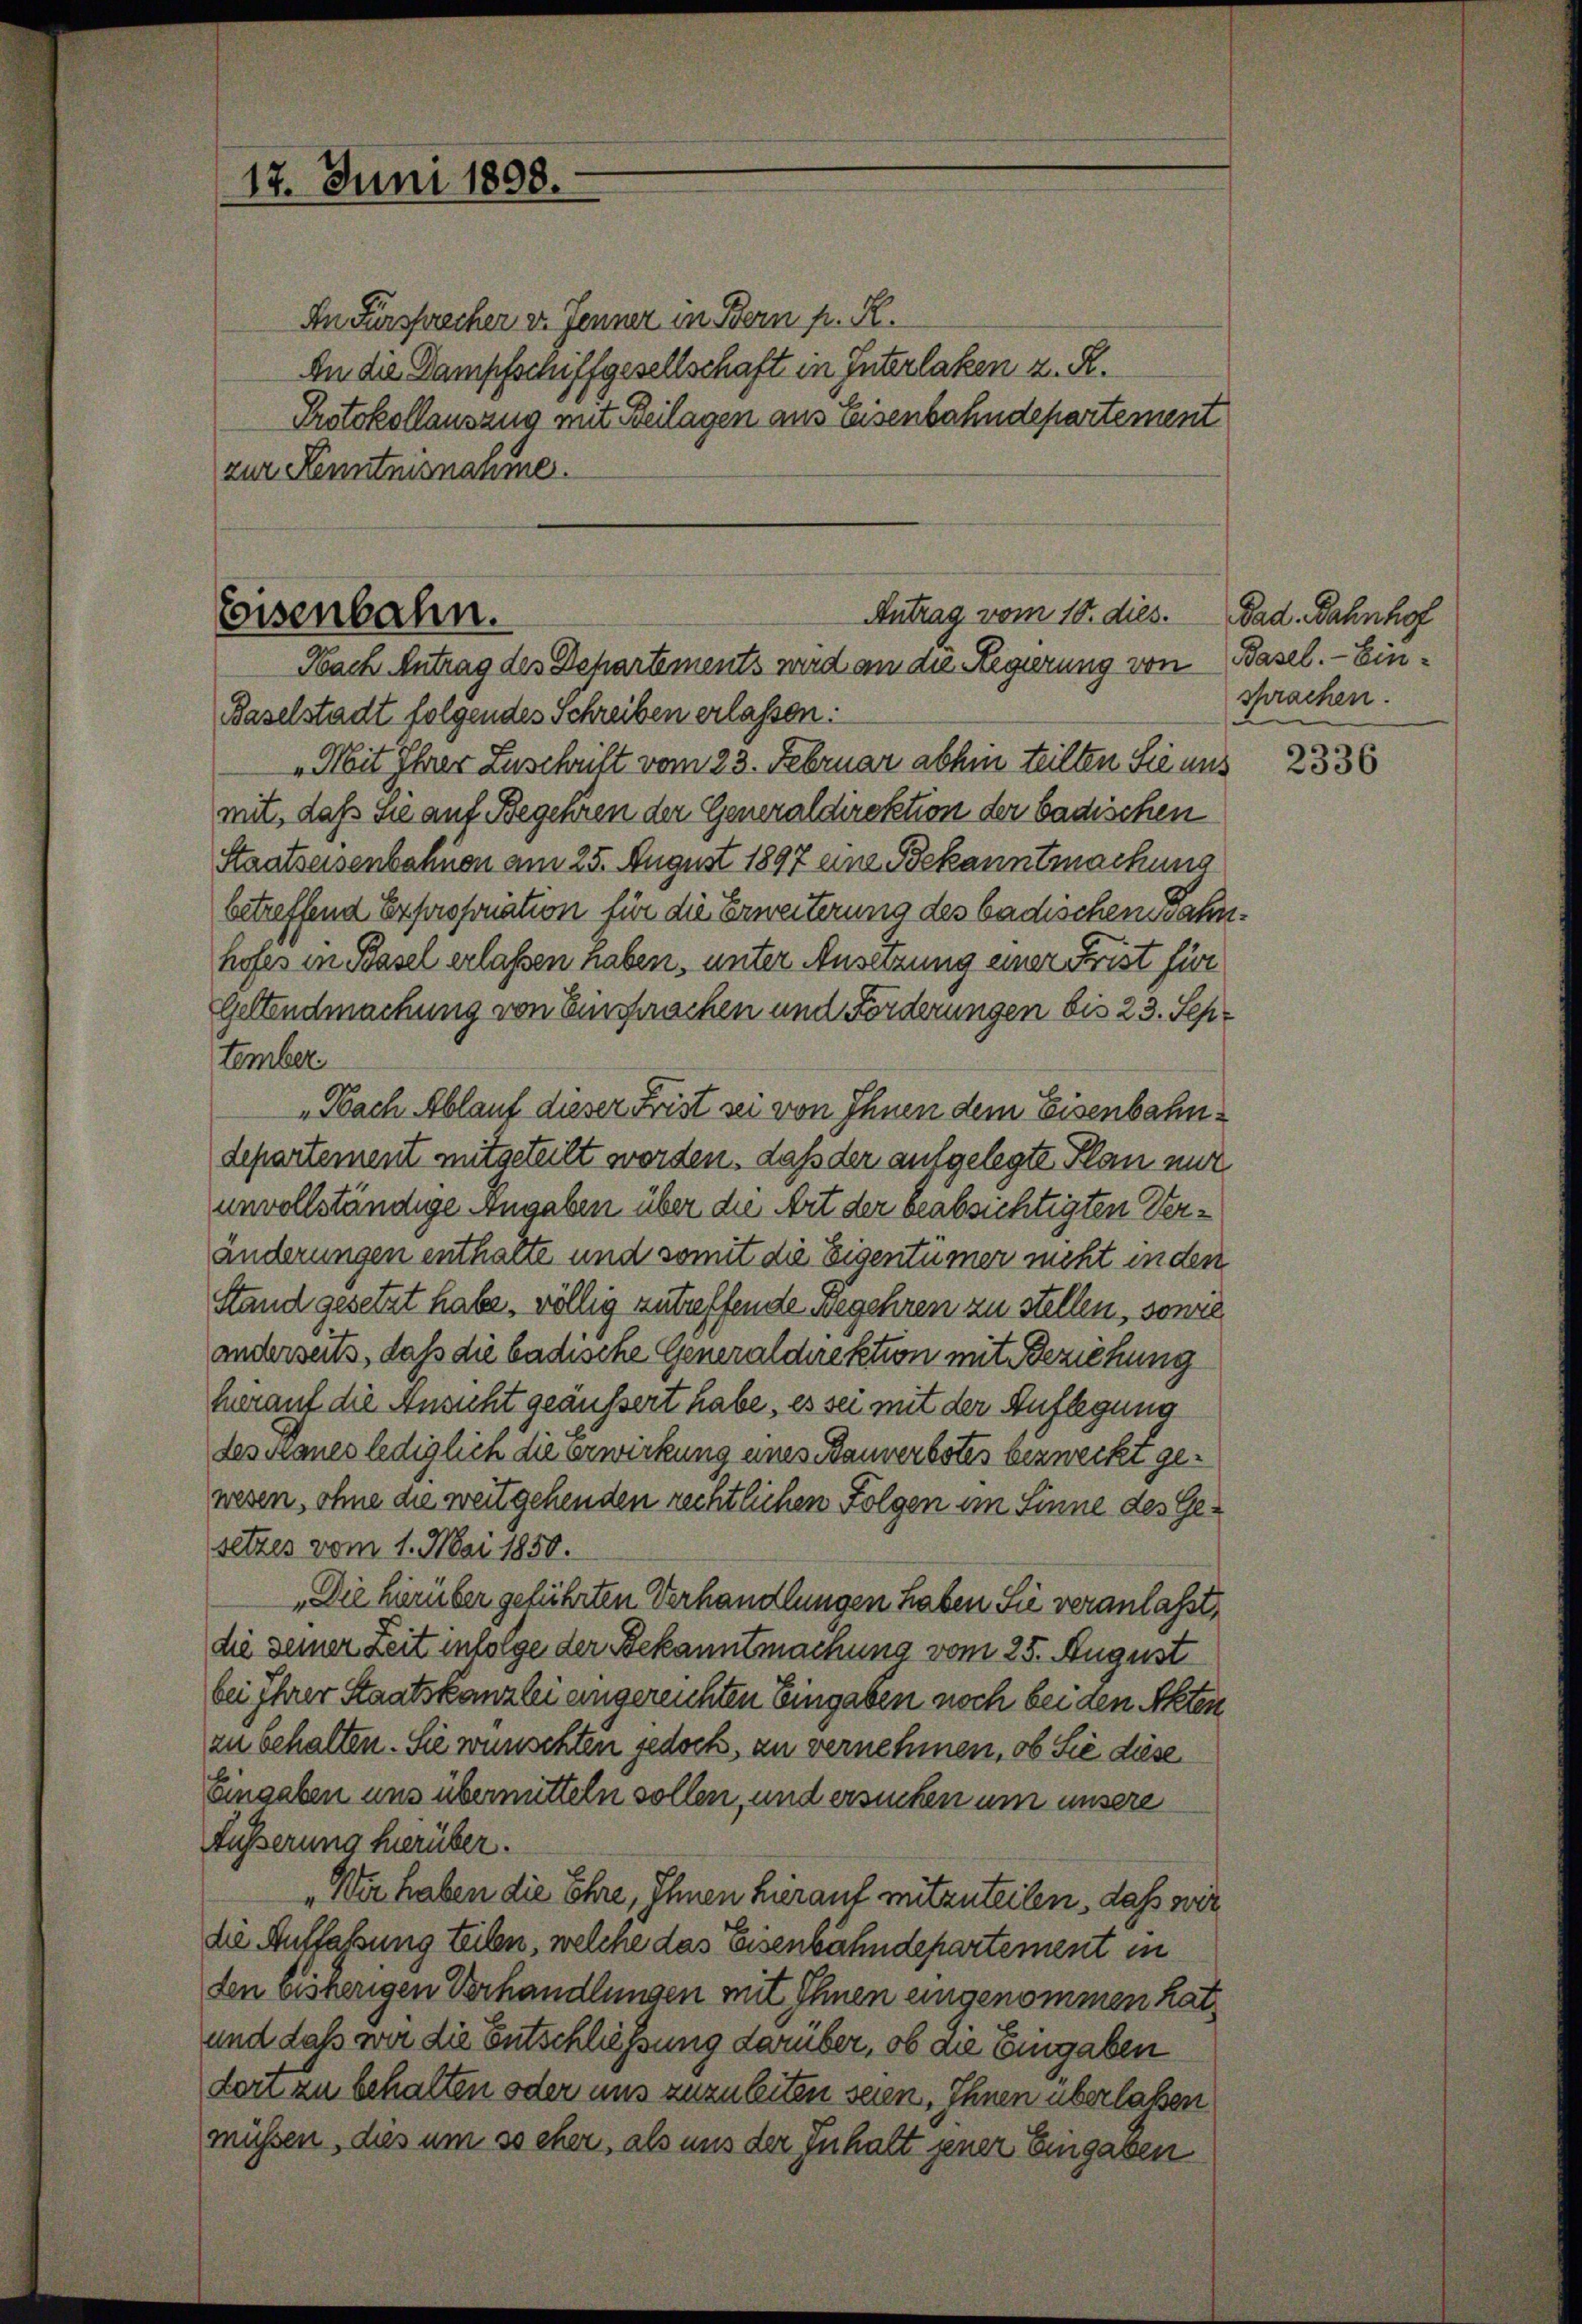
17. Juni 1898.

In Fürsprecher v. Jenner in Bern p. R.
An die Dampfschiffgesellschaft in Interlaken z. R.
Protokollausung mit Beilagen aus Eisenbahndepartement
zur Kenntnisnahme.

Antrag vom 10. dies.
Eisenbahn.
Nach Antrag des Departements wird an die Regierung von Basel. — Ein¬

Baselstadt folgendes Schreiben erlassen:
„Mit Ihrer Zuschrift vom 23. Februar abhin teilten Sie uns
mit, daß Sie auf Begehren der Generaldirektion der badischen
Staatseisenbahnen am 25. August 1897 eine Bekanntmachung
betreffend Exprsfouation für die Erweiterung des badischen wahnhofes in Basel erlaßen haben, unter Ansetzung einer Frist für
Geltendmachung von Einsprachen und Forderungen bis 23. Sep.
tember
„Nach Ablauf dieser Frist sei von Ihnen dem Eisenbahndepartement mitgeteilt worden, daß der aufgelegte Plan mit
unvollständige Angaben über die Art der beabsichtigten Veränderungen enthalte und somit die Eigentümer nicht in den
Stand gesetzt habe, völlig zutreffende Begehren zu stellen, sowie
anderseits, daß die badische Generaldirektion mit Beziehung
herauf die Ansicht geäussert habe, es sei mit der Auflegung
des Manes lediglich die erwirkung eines Bauverbotes bezweckt gewesen, ohne die weit gehenden rechtlichen Folgen im Sinne des Gesetzes vom 1. Mai 1850.
„Die herüber geführten Verhandlungen haben Sie veranlaßt,
die seiner Zeit infolge der Bekanntmachung vom 25. August
bei Ihrer Staatskanzlei eingereichten Eingaben noch bei den Akten
zu behalten. Sie wünschten jedoch, zu vernehmen, ob Sie diese
Eingaben uns übermitteln sollen, und ersuchen um unsere
Äusserung herüber.
„Wir haben die Ehre, Ihnen hierauf mitzuteilen, daß wir
die Auffassung teilen, welche das Eisenbahndepartement in
den bisherigen Verhandlungen mit Ihnen eingenommen hat,
und daß wir die Entschliessung darüber, ob die Eingaben
dori zu behalten oder uns zuzuleiten seien. Ihnen überlaßen
müssen, dies um so eher, als uns der Inhalt jener Eingaben

Dad. Bahnhof
sprachen.

2336